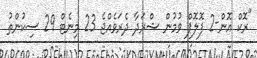
"ރޮކް އޮން-2 ފޮލޮޕް ވުމުން ޝްރަދާ ދެރަވެއްޖެ 23 މިނެޓް 29 ސިކުންތު